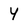
Character: Y